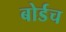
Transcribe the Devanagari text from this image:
बोर्डच